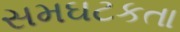
સમઘટકતા